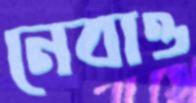
নেবাও